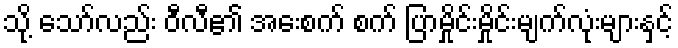
သို့ သော်လည်း ဝီလီ၏ အေးစက် စက် ပြာမှိုင်းမှိုင်းမျက်လုံးများနှင့်